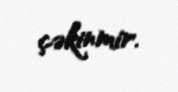
çəkinmir.